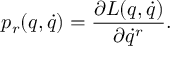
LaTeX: p _ { r } ( q , \dot { q } ) = \frac { \partial L ( q , \dot { q } ) } { \partial \dot { q } ^ { r } } .